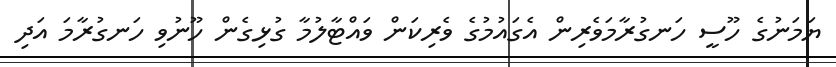
ޔަމަނުގެ ހޫސީ ހަނގުރާމަވެރިން އެގައުމުގެ ވެރިކަން ވައްޓާލުމާ ގުޅިގެން ހޫނުވި ހަނގުރާމަ އަދި